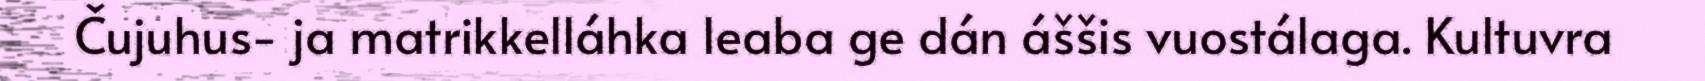
Čujuhus- ja matrikkelláhka leaba ge dán áššis vuostálaga. Kultuvra